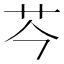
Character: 𫇧